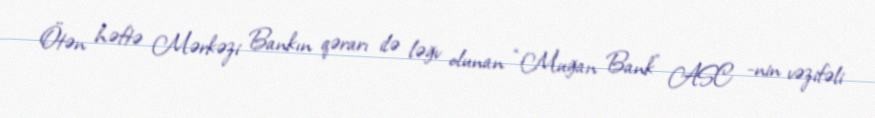
Ötən həftə Mərkəzi Bankın qərarı ilə ləğv olunan “Muğan Bank” ASC -nin vəzifəli